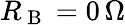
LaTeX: R_{\mathrm{~B~}}=0\, \Omega